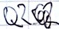
Text: Q2